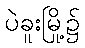
ပဲခူးမြို့၌